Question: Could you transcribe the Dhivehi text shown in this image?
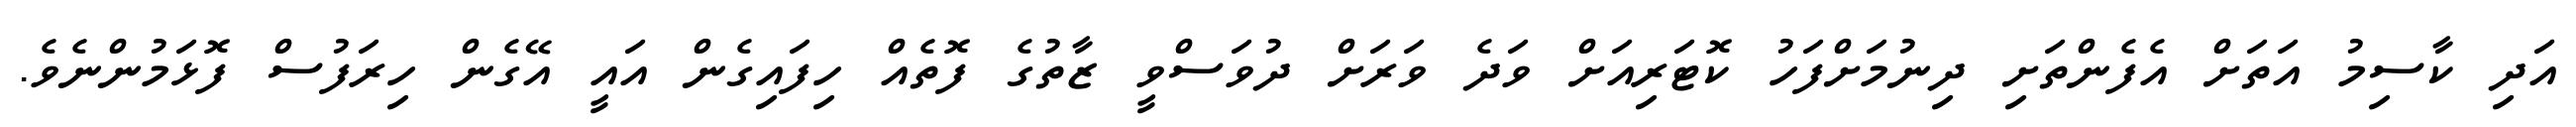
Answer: އަދި ކާސިމު އަތަށް އެފެންތަށި ދިނުމަށްފަހު ކޮޓަރިއަށް ވަދެ ވަރަށް ދުވަސްވީ ޒާތުގެ ފޮތެއް ހިފައިގެން އައީ އޭގެން ހިރަފުސް ފޮޅަމުންނެވެ.